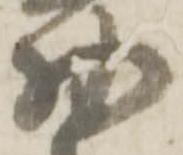
物